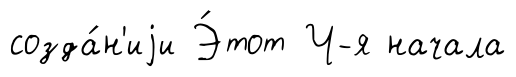
созда́н'иjи Э́тот Ч-я начала